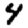
Digit: 4